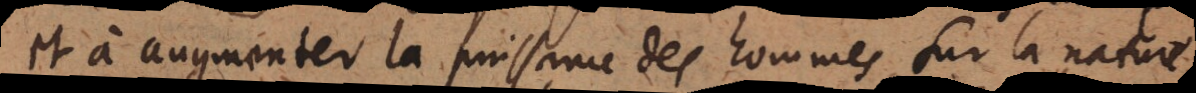
et à augmenter la puissance des hommes sur la natur